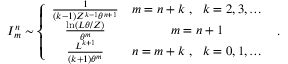
I _ { m } ^ { n } \sim \left\{ \begin{array} { c c } { \frac { 1 } { ( k - 1 ) Z ^ { k - 1 } \theta ^ { n + 1 } } } & { m = n + k \ , \ \ k = 2 , 3 , \ldots } \\ { \frac { \ln ( L \theta / Z ) } { \theta ^ { m } } } & { m = n + 1 } \\ { \frac { L ^ { k + 1 } } { ( k + 1 ) \theta ^ { m } } } & { n = m + k \ , \ \ k = 0 , 1 , \ldots } \end{array} \right. \ .